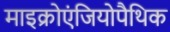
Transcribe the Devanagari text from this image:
माइक्रोएंजियोपैथिक